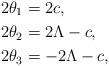
LaTeX: \begin{align*}&2\theta_1=2 c,\\&2\theta_2= 2\Lambda-c,\\&2\theta_3= -2\Lambda-c,\end{align*}